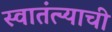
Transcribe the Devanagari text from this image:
स्वातंत्ऱ्याची